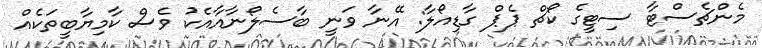
މެންޗެސްޓާ ސިޓީގެ ކޯޗް ޕެޕް ގާޑިއޯލާ: އޭނާ ވަނީ ބާސެލޯނާއާއެކު ވެސް ކާމިޔާބީތަކެއް